画像に写った文字を読んでください
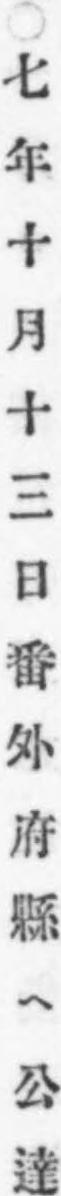
「○七年十月十三日番外府縣ヘ公達」と書いてあります